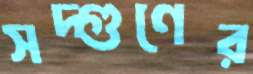
সদ্গুণের